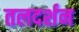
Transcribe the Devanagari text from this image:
तलदर्शन